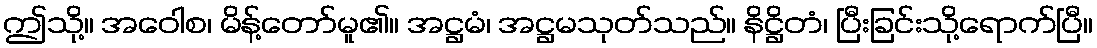
ဤသို့။ အဝေါစ၊ မိန့်တော်မူ၏။ အဋ္ဌမံ၊ အဋ္ဌမသုတ်သည်။ နိဋ္ဌိတံ၊ ပြီးခြင်းသို့ရောက်ပြီ။